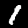
Label: 1